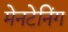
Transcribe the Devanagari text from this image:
मेनटेनिंग